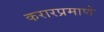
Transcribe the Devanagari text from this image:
करारप्रमाणे